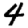
Digit: 4